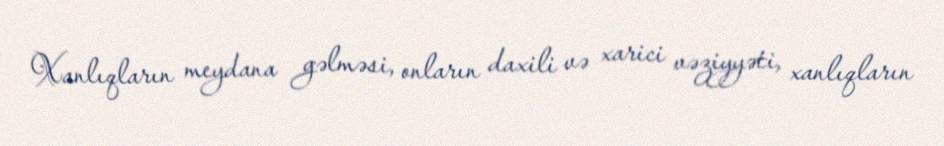
Xanlıqların meydana gəlməsi, onların daxili və xarici vəziyyəti, xanlıqların